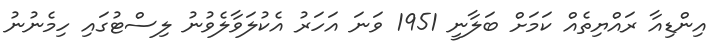
އިންޑިއާ ރައްޔިތެއް ކަމަށް ބަލާނީ 1951 ވަނަ އަހަރު އެކުލަވާލެވުނު ލިސްޓުގައި ހިމެނުނު